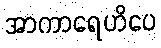
အာကာရေဟိပေ